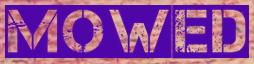
MOWED